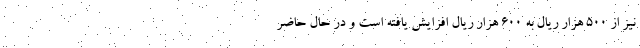
نیز از 500 هزار ریال به 600 هزار ریال افزایش یافته است و در حال حاضر